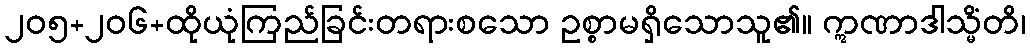
၂၀၅+၂၀၆+ထိုယုံကြည်ခြင်းတရားစသော ဥစ္စာမရှိသောသူ၏။ ဣဏာဒါသ္မိံတိ၊